Report of an investigation into the causes of the diseases known in Assam as Kála-Azár and Beri-Beri
Disease focus: Beri-Beri
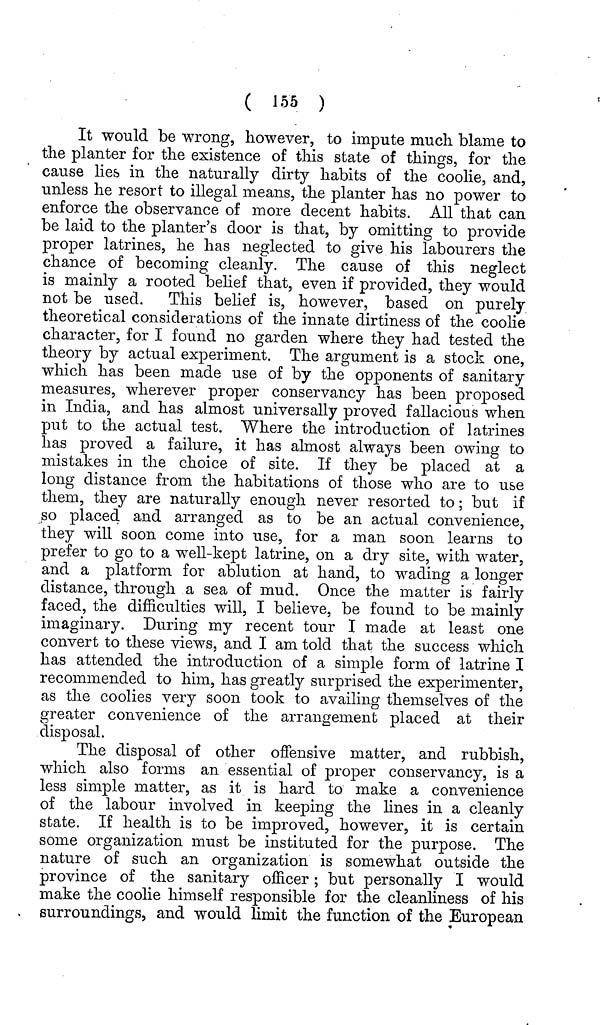
( 155 )
It would be wrong, however, to impute much blame to
the planter for the existence of this state of things, for the
cause lies in the naturally dirty habits of the coolie, and,
unless he resort to illegal means, the planter has no power to
enforce the observance of more decent habits. All that can
be laid to the planter's door is that, by omitting to provide
proper latrines, he has neglected to give his labourers the
chance of becoming cleanly. The cause of this neglect
is mainly a rooted belief that, even if provided, they would
not be used. This belief is, however, based on purely
theoretical considerations of the innate dirtiness of the coolie
character, for I found no garden where they had tested the
theory by actual experiment. The argument is a stock one,
which has been made use of by the opponents of sanitary
measures, wherever proper conservancy has been proposed
in India, and has almost universally proved fallacious when
put to the actual test. Where the introduction of latrines
has proved a failure, it has almost always been owing to
mistakes in the choice of site. If they be placed at a
long distance from the habitations of those who are to use
them, they are naturally enough never resorted to; but if
so placed and arranged as to be an actual convenience,
they will soon come into use, for a man soon learns to
prefer to go to a well-kept latrine, on a dry site, with water,
and a platform for ablution at hand, to wading a longer
distance, through a sea of mud. Once the matter is fairly
faced, the difficulties will, I believe, be found to be mainly
imaginary. During my recent tour I made at least one
convert to these views, and I am told that the success which
has attended the introduction of a simple form of latrine I
recommended to him, has greatly surprised the experimenter,
as the coolies very soon took to availing themselves of the
greater convenience of the arrangement placed at their
disposal.
The disposal of other offensive matter, and rubbish,
which also forms an essential of proper conservancy, is a
less simple matter, as it is hard to make a convenience
of the labour involved in keeping the lines in a cleanly
state. If health is to be improved, however, it is certain
some organization must be instituted for the purpose. The
nature of such an organization is somewhat outside the
province of the sanitary officer; but personally I would
make the coolie himself responsible for the cleanliness of his
surroundings, and would limit the function of the European